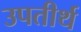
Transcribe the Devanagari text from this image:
उपतीर्थ